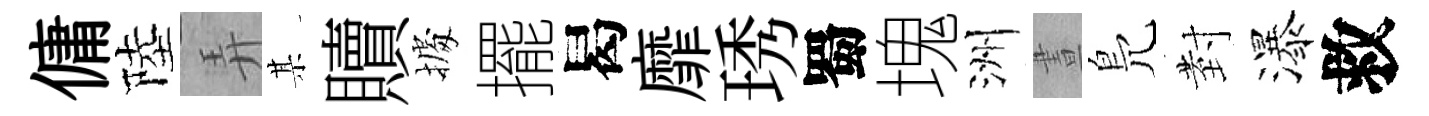
傭陸弄某贖𢴃擺曷靡琇蜀塊洲晝鳬𭔹瀑救